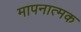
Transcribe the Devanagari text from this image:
मापनात्मक